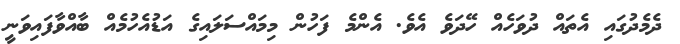
ދެމެދުގައި އެތައް ދުވަހެއް ހޭދަވެ އެވެ. އެންމެ ފަހުން މިމައްސަލައިގެ އަޑުއެހުމެއް ބާއްވާފައިވަނީ